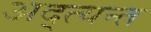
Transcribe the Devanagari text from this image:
अद्त्यन्त